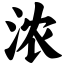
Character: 浓